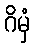
ဂိမှံ